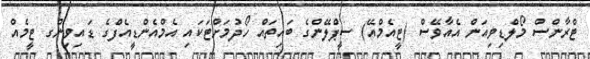
ޓްރާންސް މޯލްޑިވިއަން އެއާވޭސް (ޓީއެމްއޭ) ސީޕްލޭންގެ ބައިތައް ހޯދުމަށްޓަކައި އެމްއެންޑީއެފްގެ ޑައިވިންގ ޓީމެއް